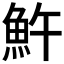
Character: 𩵱